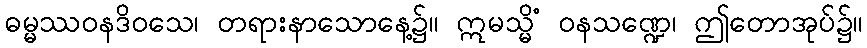
ဓမ္မဿဝနဒိဝသေ၊ တရားနာသောနေ့၌။ ဣမသ္မိံ ဝနသဏ္ဍေ၊ ဤတောအုပ်၌။